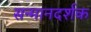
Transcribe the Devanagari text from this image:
सन्मानदर्शक